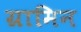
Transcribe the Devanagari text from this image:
ग्रामिन